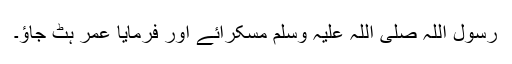
رسول اللہ صلی اللہ علیہ وسلم مسکرائے اور فرمایا عمر ہٹ جاؤ۔